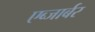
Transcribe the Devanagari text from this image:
एब्जार्बर